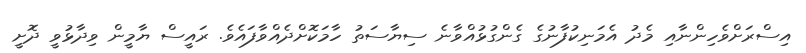
އިސްރަށްވެހިންނާއި މެދު އެމަނިކުފާނުގެ ގެންގުޅުއްވާނެ ސިޔާސަތު ހާމަކޮށްދެއްވާފައެވެ. ރައީސް ޔާމީން ވިދާޅުވީ ދޮށީ